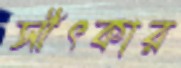
সীৎকার